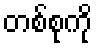
တစ်စုကို